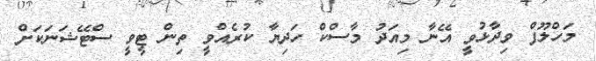
މަހްލޫފް ވިދާޅުވީ އޭނާ މިއަދު މާސްކް ހަދިޔާ ކުރެއްވީ ތިން ޓީވީ ސްޓޭޝަނަކަށް